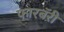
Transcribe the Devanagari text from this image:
फारबॅरी